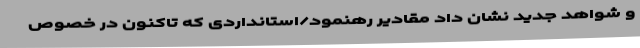
و شواهد جدید نشان داد مقادیر رهنمود/استانداردی که تاکنون در خصوص